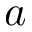
a